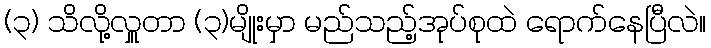
(၃) သိလို့လှူတာ (၃)မျိုးမှာ မည်သည့်အုပ်စုထဲ ရောက်နေပြီလဲ။